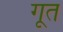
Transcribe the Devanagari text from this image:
गूत